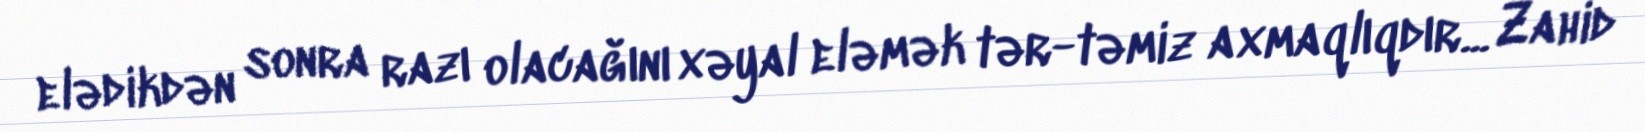
elədikdən sonra razı olacağını xəyal eləmək tər-təmiz axmaqlıqdır... Zahid